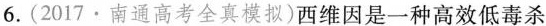
6.(2017·南通高考全真模拟)西维因是一种高效低毒杀